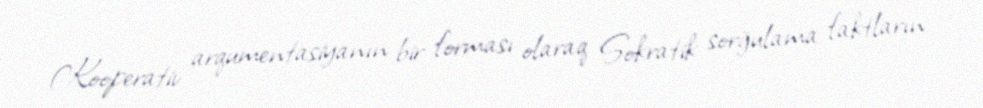
Kooperativ arqumentasiyanın bir forması olaraq Sokratik sorğulama faktların